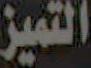
التميز